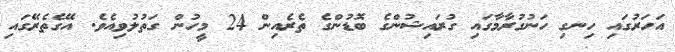
އަހަރުގައި ހިނގި ހަނުގުރާމާގައި ގުރައިޝުންގެ ބޮޑުންގެ ތެރެއިން 24 މީހުން ގަތުލުވިއެވެ. އޭގެތެރޭގައި